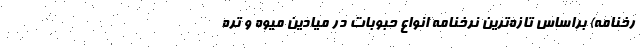
رخنامه) براساس تازه‌ترین نرخنامه انواع حبوبات در میادین میوه و تره